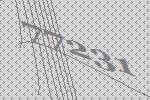
77231